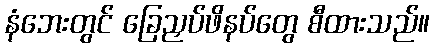
နံဘေးတွင် ခြေညှပ်ဖိနပ်တွေ စီထားသည်။